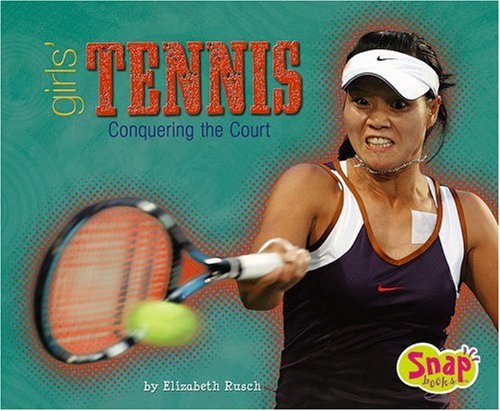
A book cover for Girls' Tennis: Conquering the Court (Girls Got Game); Elizabeth Rusch; Children's Books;